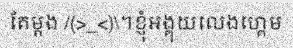
តែម្តង /(>_<)\។ខ្ញុំអង្គុយលេងហ្គេម